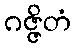
ဂဇ္ဇိတံ